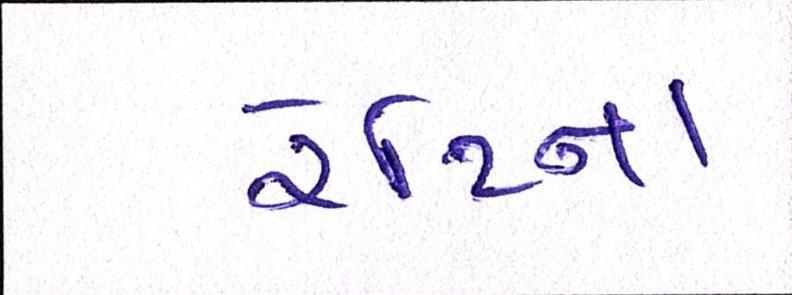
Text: રેટિના